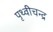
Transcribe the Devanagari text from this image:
पृथ्वीचन्द्र